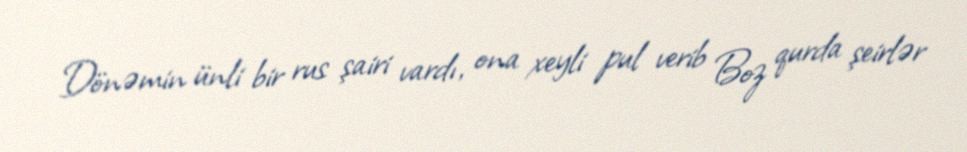
Dönəmin ünli bir rus şairi vardı, ona xeyli pul verib Boz qurda şeirlər